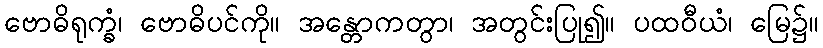
ဗောဓိရုက္ခံ၊ ဗောဓိပင်ကို။ အန္တောကတွာ၊ အတွင်းပြု၍။ ပထဝီယံ၊ မြေ၌။